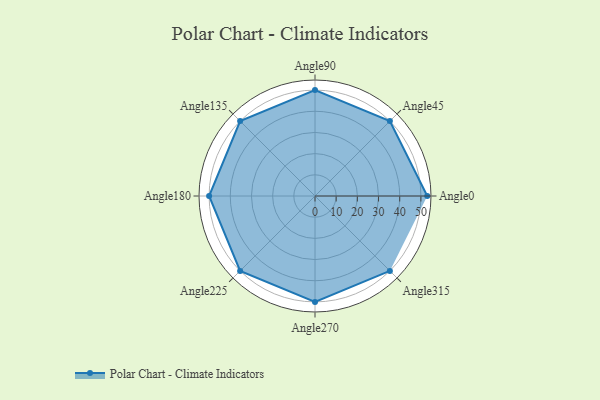
{"axis": {"x": "Angle", "y": "Radius"}, "legend": [""], "data": [{"x": "Angle0", "y": 53.0, "type": ""}, {"x": "Angle45", "y": 50, "type": ""}, {"x": "Angle90", "y": 50.0, "type": ""}, {"x": "Angle135", "y": 50, "type": ""}, {"x": "Angle180", "y": 50, "type": ""}, {"x": "Angle225", "y": 50, "type": ""}, {"x": "Angle270", "y": 50.0, "type": ""}, {"x": "Angle315", "y": 50, "type": ""}]}